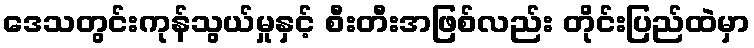
ဒေသတွင်းကုန်သွယ်မှုနှင့် စီးတီးအဖြစ်လည်း တိုင်းပြည်ထဲမှာ